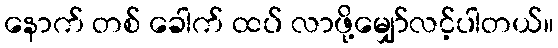
နောက် တစ် ခေါက် ထပ် လာဖို့မျှော်လင့်ပါတယ်။